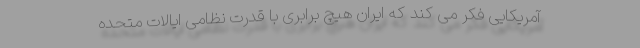
آمریکایی فکر می کند که ایران هیچ برابری با قدرت نظامی ایالات متحده